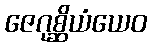
ဇေဂုစ္ဆိယံယေဝ